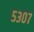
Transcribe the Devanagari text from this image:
५३०७